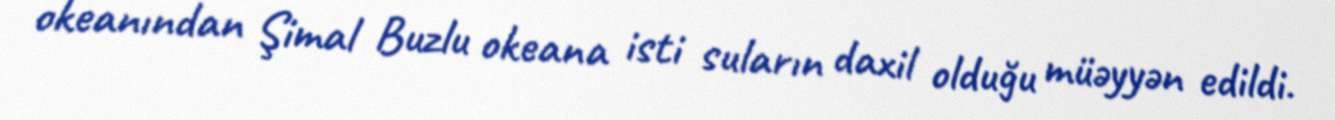
okeanından Şimal Buzlu okeana isti suların daxil olduğu müəyyən edildi.